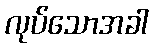
လုပ်သောအခါ